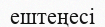
ештеңесі